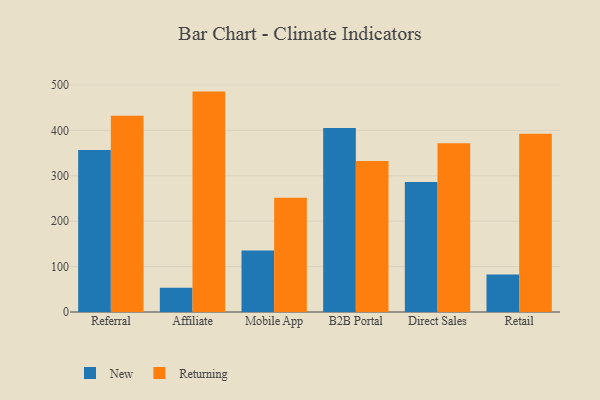
{"axis": {"x": "Channel", "y": "Latency (ms)"}, "legend": ["New", "Returning"], "data": [{"x": "Referral", "y": 357.1, "type": "New"}, {"x": "Referral", "y": 432.3, "type": "Returning"}, {"x": "Affiliate", "y": 53.5, "type": "New"}, {"x": "Affiliate", "y": 485.5, "type": "Returning"}, {"x": "Mobile App", "y": 135.2, "type": "New"}, {"x": "Mobile App", "y": 251.9, "type": "Returning"}, {"x": "B2B Portal", "y": 405.4, "type": "New"}, {"x": "B2B Portal", "y": 332.4, "type": "Returning"}, {"x": "Direct Sales", "y": 286.3, "type": "New"}, {"x": "Direct Sales", "y": 371.8, "type": "Returning"}, {"x": "Retail", "y": 82.6, "type": "New"}, {"x": "Retail", "y": 392.7, "type": "Returning"}]}